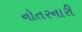
નોતરનારી